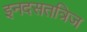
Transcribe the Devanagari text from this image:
इनदसतत्रिज